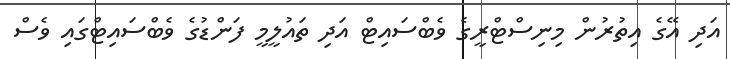
އަދި އޭގެ އިތުރުން މިނިސްޓްރީގެ ވެބްސައިޓް އަދި ތައުލީމީ ފަންޑުގެ ވެބްސައިޓްގައި ވެސް